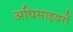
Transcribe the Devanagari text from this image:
अधिसाइवरों